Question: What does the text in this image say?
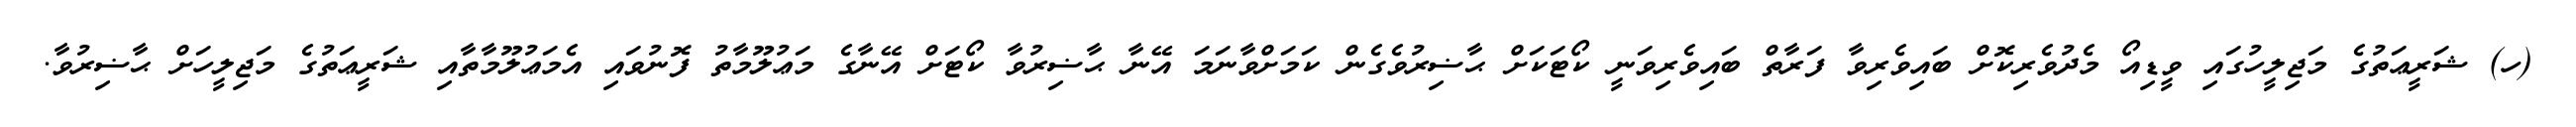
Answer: (ހ) ޝަރީޢަތުގެ މަޖިލީހުގައި ވީޑިއޯ މެދުވެރިކޮށް ބައިވެރިވާ ފަރާތް ބައިވެރިވަނީ ކޯޓަކަށް ޙާޟިރުވެގެން ކަމަށްވާނަމަ އޭނާ ޙާޟިރުވާ ކޯޓަށް އޭނާގެ މަޢުލޫމާތު ފޮނުވައި އެމަޢުލޫމާތާއި ޝަރީޢަތުގެ މަޖިލީހަށް ޙާޟިރުވާ.